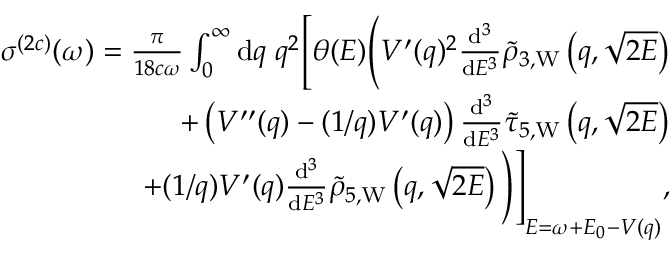
\begin{array} { r } { \sigma ^ { ( 2 c ) } ( \omega ) = \frac { \pi } { 1 8 c \omega } \int _ { 0 } ^ { \infty } \ensuremath { \mathrm { d } } q \; q ^ { 2 } \Biggl [ \theta ( E ) \Biggl ( V ^ { \prime } ( q ) ^ { 2 } \frac { \ensuremath { \mathrm { d } } ^ { 3 } } { \ensuremath { \mathrm { d } } E ^ { 3 } } \tilde { \rho } _ { 3 , \mathrm { W } } \left( q , \sqrt { 2 E } \right) } \\ { + \left( V ^ { \prime \prime } ( q ) - ( 1 / q ) V ^ { \prime } ( q ) \right) \frac { \ensuremath { \mathrm { d } } ^ { 3 } } { \ensuremath { \mathrm { d } } E ^ { 3 } } \tilde { \tau } _ { 5 , \mathrm { W } } \left( q , \sqrt { 2 E } \right) } \\ { + ( 1 / q ) V ^ { \prime } ( q ) \frac { \ensuremath { \mathrm { d } } ^ { 3 } } { \ensuremath { \mathrm { d } } E ^ { 3 } } \tilde { \rho } _ { 5 , \mathrm { W } } \left( q , \sqrt { 2 E } \right) \Biggl ) \Biggl ] _ { E = \omega + E _ { 0 } - V ( q ) } , } \end{array}